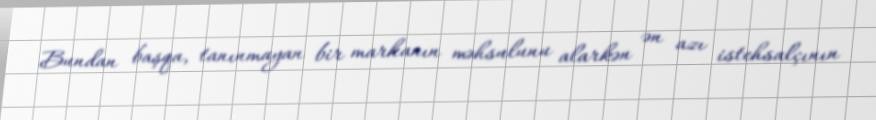
Bundan başqa, tanınmayan bir markanın məhsulunu alarkən ən azı istehsalçının